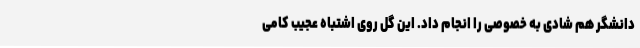
دانشگر هم شادی به خصوصی را انجام داد. این گل روی اشتباه عجیب کامی